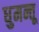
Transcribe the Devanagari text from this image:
धुमन्तू